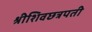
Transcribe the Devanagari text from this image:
श्रीशिवछत्रपती